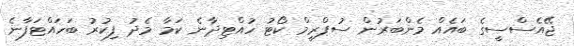
ޖޭއެސްސީގެ ބައެއް މެންބަރުން ސުޕްރީމް ކޯޓު ހުއްޓިދާނެ ކަމާ މެދު ފިކުރު ބަހައްޓަފާނެ